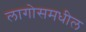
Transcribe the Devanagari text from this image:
लागोसमधील